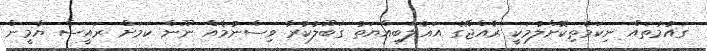
ގައުމުތައް ނިކަމެތިކޮށްލުމަކީ ރާއްޖޭގެ އަޣުލަބިއްޔަތު ގަބޫލުކުރާ ވިސްނުމެއް ނޫން ކަމަށް ރައީސް ޔާމީން